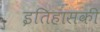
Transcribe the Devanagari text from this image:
इतिहासकी